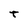
Character: t